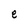
Character: e